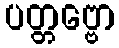
ပတ္တဗ္ဗော